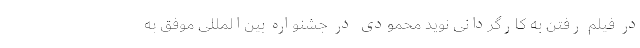
در فیلم رفتن به کارگردانی نوید محمودی در جشنواره بین‌المللی موفق به